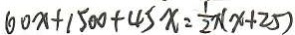
6 0 x + 1 5 0 0 + 4 5 x = \frac { 1 } { 2 } x ( x + 2 5 )